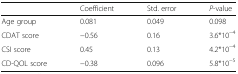
|  | Coefficient | Std. error | P-value |
 | --- | --- | --- | --- |
 | Age group | 0.081 | 0.049 | 0.098 |
 | CDAT score | −0.56 | 0.16 | 3.6*10−4 |
 | CSI score | 0.45 | 0.13 | 4.2*10−4 |
 | CD-QOL score | −0.38 | 0.096 | 5.8*10−5 |